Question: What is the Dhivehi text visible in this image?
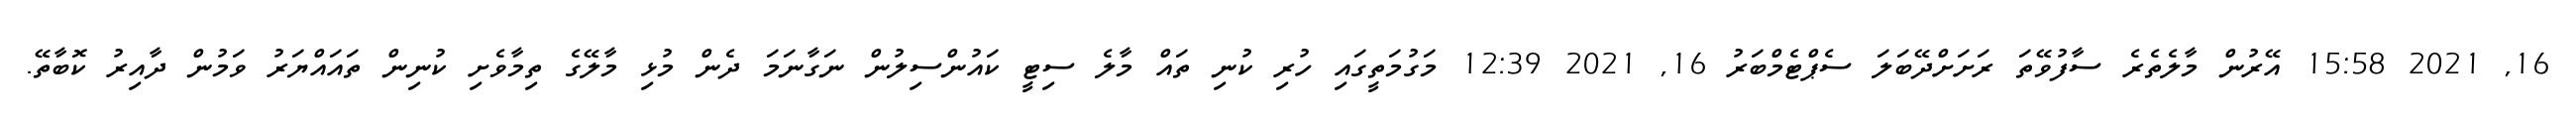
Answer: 16, 2021 15:58 އޭރުން މާލެތެރެ ސާފުވޭތަ ރަށަށްދޭބަލަ ސެޕްޓެމްބަރު 16, 2021 12:39 މަގުމަތީގައި ހުރި ކުނި ތައް މާލެ ސިޓީ ކައުންސިލުން ނަގާނަމަ ދެން މުޅި މާލޭގެ ތިމާވެށި ކުނިން ތައައްޔަރު ވަމުން ދާއިރު ކޮބާތޭ.